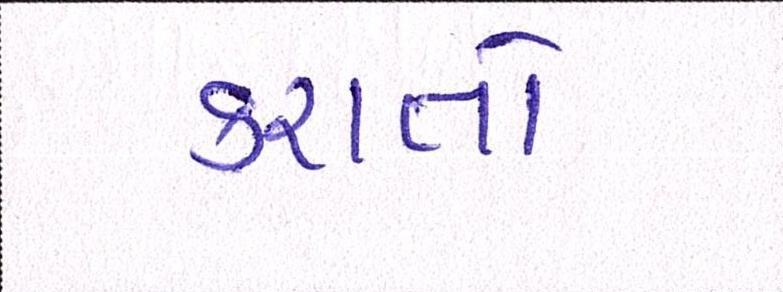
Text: કરાતો